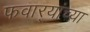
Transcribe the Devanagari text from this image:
फवार्‍यांच्या